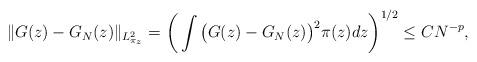
LaTeX: \begin{align*} \|G(z)-G_N(z)\|_{L_{\pi_z}^2}=\bigg(\int \big(G(z)-G_N(z)\big)^2\pi(z)dz\bigg)^{1/2}\leq CN^{-p}, \end{align*}